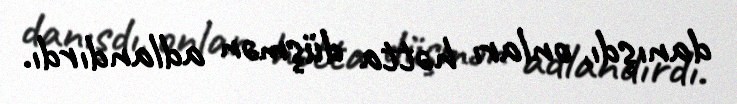
danışdı, onları hətta düşmən adlandırdı.